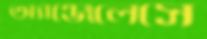
অ্যাঞ্জেলেসে